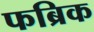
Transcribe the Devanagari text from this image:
फब्रिक